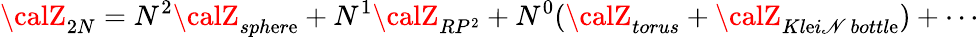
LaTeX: {\calZ}_{2N}=N^{2}{\calZ}_{sph\mathrm{e}r\mathrm{e}}+N^{1}{\calZ}_{RP^{2}}+N^{0}({\calZ}_{torus}+{\calZ}_{Kl\mathrm{e}i\mathscr{N}\ bottl\mathrm{e}})+\cdots